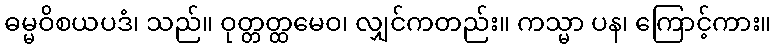
ဓမ္မဝိစယပဒံ၊ သည်။ ဝုတ္တတ္ထမေဝ၊ လျှင်ကတည်း။ ကသ္မာ ပန၊ ကြောင့်ကား။